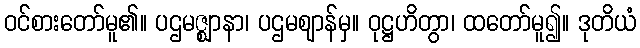
ဝင်စားတော်မူ၏။ ပဌမဇ္ဈာနာ၊ ပဌမဈာန်မှ။ ဝုဋ္ဌဟိတွာ၊ ထတော်မူ၍။ ဒုတိယံ